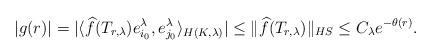
LaTeX: \begin{align*}|g(r)| = |\langle \widehat f(T_{r, \lambda})e^\lambda_{i_0}, e^\lambda_{j_0}\rangle_{H(K,\lambda)}| \leq \|\widehat f(T_{r, \lambda})\|_{HS} \leq C_\lambda e^{-\theta(r)}.\end{align*}